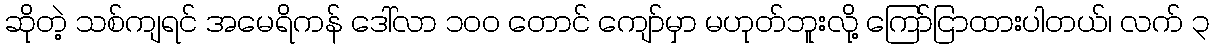
ဆိုတဲ့ သစ်ကျရင် အမေရိကန် ဒေါ်လာ ၁၀၀ တောင် ကျော်မှာ မဟုတ်ဘူးလို့ ကြော်ငြာထားပါတယ်၊ လက် ၃